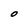
Character: O